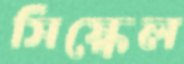
সিস্কেল